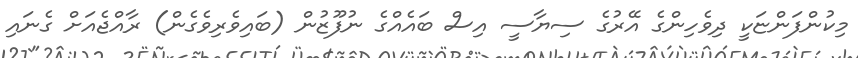
މިކުންފަންޏަކީ ދިވެހިންގެ އޭރުގެ ސިޔާސީ އިސް ބައެއްގެ ނުފޫޒުން (ބައިވެރިވެގެން) ރާއްޖެއަށް ގެނައި